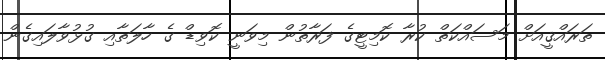
ތަރައްޤީއަށް މަސައްކަތް ކުރާ ކޮމިޓީގެ ފަރާތުން މިވަނީ ކޮވިޑް ގެ ހާލަތާއި ގުޅުވާލައިގެން